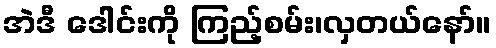
အဲဒီ ဒေါင်းကို ကြည့်စမ်း၊လှတယ်နော်။